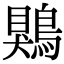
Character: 鶪